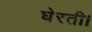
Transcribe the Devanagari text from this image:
घेरती।